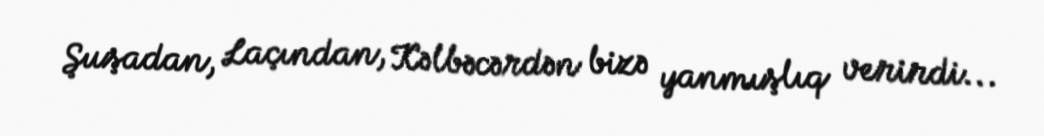
Şuşadan, Laçından, Kəlbəcərdən bizə yanmışlıq verirdi...